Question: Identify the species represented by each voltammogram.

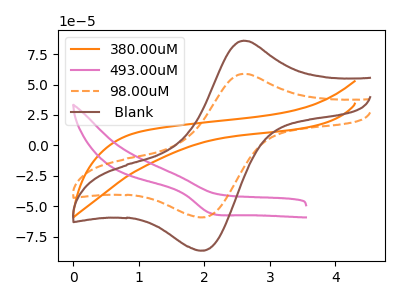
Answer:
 <answer>The orange curve is labeled "380.00uM". The pink curve is labeled "493.00uM". The orange dashed curve is labeled "98.00uM". The brown curve is labeled " Blank".</answer>
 <eval></eval>